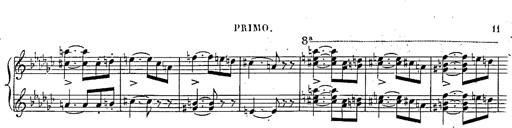
Title: Marche et Cavatine de Lucie de Lammermoor, S.398
Composer: Franz Liszt